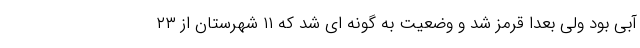
آبی بود ولی بعدا قرمز شد و وضعیت به گونه ای شد که ۱۱ شهرستان از ۲۳